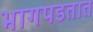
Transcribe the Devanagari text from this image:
भागपडतात